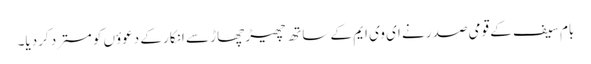
بام سیف کے قومی صدر نے ای وی ایم کے ساتھ چھیڑ چھاڑ سے انکار کے دعوؤں کو مسترد کردیا۔